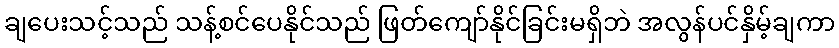
ချပေးသင့်သည် သန့်စင်ပေနိုင်သည် ဖြတ်ကျော်နိုင်ခြင်းမရှိဘဲ အလွန်ပင်နှိမ့်ချကာ